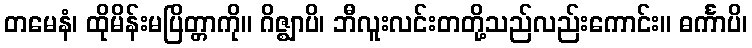
တမေနံ၊ ထိုမိန်းမပြိတ္တာကို။ ဂိဇ္ဈာပိ၊ ဘီလူးလင်းတတို့သည်လည်းကောင်း။ ဓင်္ကာပိ၊